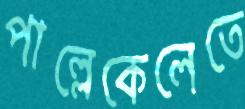
পাল্লেকেলেতে